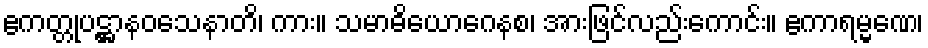
ဧကတ္တုပဋ္ဌာနဝသေနာတိ၊ ကား။ သမာဓိယောဂေနစ၊ အားဖြင်လည်းကောင်း။ ဧကာရမ္မဏေ၊